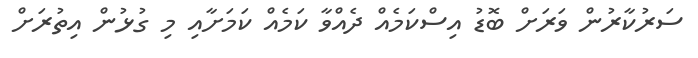
ސަރުކާރުން ވަރަށް ބޮޑު އިސްކަމެއް ދެއްވާ ކަމެއް ކަމަށާއި މި ގުޅުން އިތުރަށް